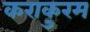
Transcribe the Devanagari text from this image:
कराकुरम